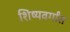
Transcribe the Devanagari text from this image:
शिष्यवर्गांत